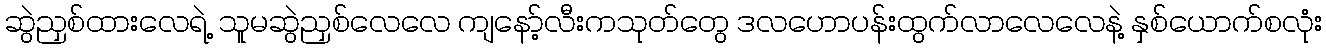
ဆွဲညှစ်ထားလေရဲ့ သူမဆွဲညှစ်လေလေ ကျနော့်လီးကသုတ်တွေ ဒလဟောပန်းထွက်လာလေလေနဲ့ နှစ်ယောက်စလုံး